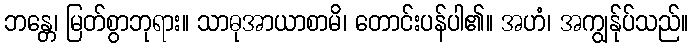
ဘန္တေ၊ မြတ်စွာဘုရား။ သာဓုအာယာစာမိ၊ တောင်းပန်ပါ၏။ အဟံ၊ အကျွန်ုပ်သည်။